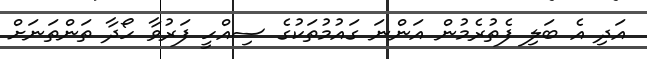
އަދި އެ ބަލި ފެތުރެމުން އަންނަ ގައުމުތަކުގެ ސިއްހީ ފަރުވާ ހޯދާ ތަންތަނަށް